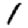
Digit: 1